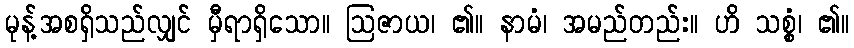
မုန့်အစရှိသည်လျှင် မှီရာရှိသော။ ဩဇာယ၊ ၏။ နာမံ၊ အမည်တည်း။ ဟိ သစ္စံ၊ ၏။